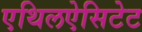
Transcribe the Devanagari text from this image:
एथिलऐसिटेट